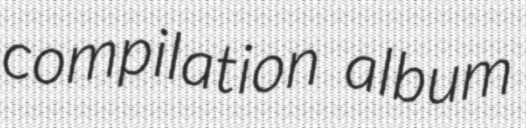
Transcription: compilation album